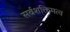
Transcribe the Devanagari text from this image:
सर्वशक्तिमत्व